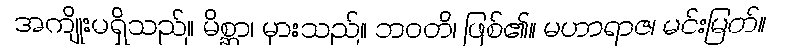
အကျိုးမရှိသည်။ မိစ္ဆာ၊ မှားသည်။ ဘဝတိ၊ ဖြစ်၏။ မဟာရာဇ၊ မင်းမြတ်။